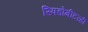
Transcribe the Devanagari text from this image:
स्पिडोमीटरही